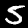
Digit: 5